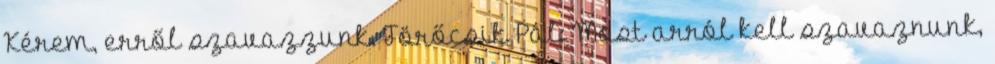
Kérem, erről szavazzunk. Törőcsik Pál: Most arról kell szavaznunk,